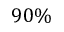
9 0 \%